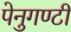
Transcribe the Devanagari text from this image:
पेनुगण्टी